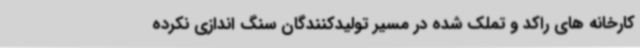
کارخانه های راکد و تملک شده در مسیر تولیدکنندگان سنگ اندازی نکرده